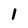
Character: 1